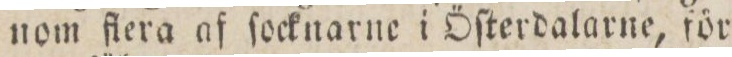
nom flera af ſocknarne i Öſterdalarne, för